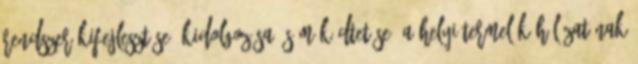
rendszer kifejlesztése, kidolgozása és működtetése. A helyi termelők hálózatának